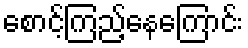
စောင့်ကြည့်နေကြောင်း